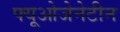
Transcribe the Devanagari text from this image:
फ्यूओजेनेटीन